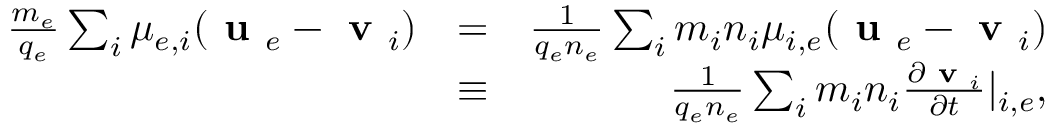
\begin{array} { r l r } { \frac { m _ { e } } { q _ { e } } \sum _ { i } \mu _ { e , i } ( \textbf { u } _ { e } - \textbf { v } _ { i } ) } & { = } & { \frac { 1 } { q _ { e } n _ { e } } \sum _ { i } m _ { i } n _ { i } \mu _ { i , e } ( \textbf { u } _ { e } - \textbf { v } _ { i } ) } \\ & { \equiv } & { \frac { 1 } { q _ { e } n _ { e } } \sum _ { i } m _ { i } n _ { i } \frac { \partial \textbf { v } _ { i } } { \partial t } | _ { i , e } , } \end{array}